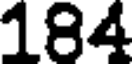
184